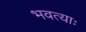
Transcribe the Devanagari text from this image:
भवत्याः